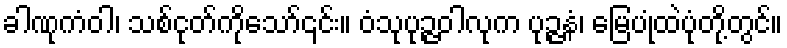
ခါဏုကံဝါ၊ သစ်ငုတ်ကိုသော်၎င်း။ ဝံသုပုဉ္ဇဝါလုက ပုဉ္ဇနံ၊ မြေပုံထဲပုံတို့တွင်။